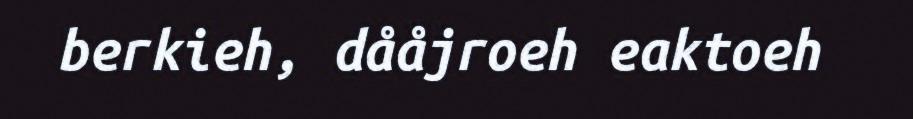
berkieh, dååjroeh eaktoeh